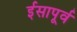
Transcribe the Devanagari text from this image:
र्इसापूर्व